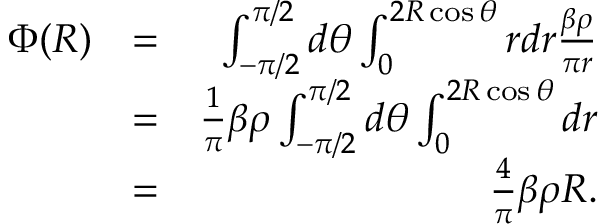
\begin{array} { r l r } { \Phi ( R ) } & { = } & { \int _ { - \pi / 2 } ^ { \pi / 2 } d \theta \int _ { 0 } ^ { 2 R \cos \theta } r d r \frac { \beta \rho } { \pi r } } \\ & { = } & { \frac { 1 } { \pi } \beta \rho \int _ { - \pi / 2 } ^ { \pi / 2 } d \theta \int _ { 0 } ^ { 2 R \cos \theta } d r } \\ & { = } & { \frac { 4 } { \pi } \beta \rho R . } \end{array}